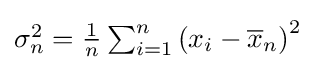
{\textstyle \sigma _{n}^{2}={\frac {1}{n}}\sum _{i=1}^{n}\left(x_{i}-{\overline {x}}_{n}\right)^{2}}